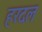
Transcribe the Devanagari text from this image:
हरदल